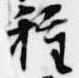
種